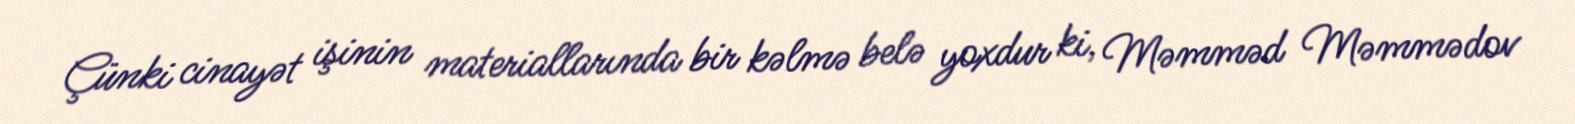
Çünki cinayət işinin materiallarında bir kəlmə belə yoxdur ki, Məmməd Məmmədov